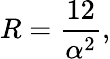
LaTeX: R=\frac{12}{\alpha^{2}},